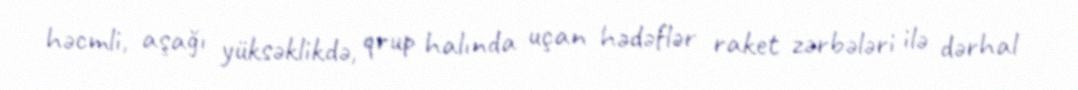
həcmli, aşağı yüksəklikdə, qrup halında uçan hədəflər raket zərbələri ilə dərhal